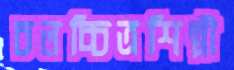
চলচ্চিত্রশিল্পী